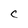
Character: C